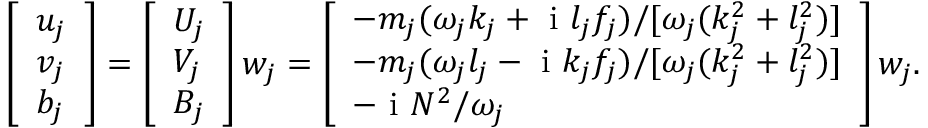
\begin{array} { r } { \left[ \begin{array} { l } { u _ { j } } \\ { v _ { j } } \\ { b _ { j } } \end{array} \right] = \left[ \begin{array} { l } { U _ { j } } \\ { V _ { j } } \\ { B _ { j } } \end{array} \right] w _ { j } = \left[ \begin{array} { l } { - { m _ { j } ( \omega _ { j } k _ { j } + \textnormal { i } l _ { j } f _ { j } ) } { / [ \omega _ { j } ( k _ { j } ^ { 2 } + l _ { j } ^ { 2 } ) ] } } \\ { - { m _ { j } ( \omega _ { j } l _ { j } - \textnormal { i } k _ { j } f _ { j } ) } { / [ \omega _ { j } ( k _ { j } ^ { 2 } + l _ { j } ^ { 2 } ) ] } } \\ { - \textnormal { i } { N ^ { 2 } } { / \omega _ { j } } } \end{array} \right] w _ { j } . } \end{array}